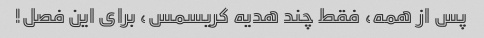
پس از همه، فقط چند هدیه کریسمس، برای این فصل!